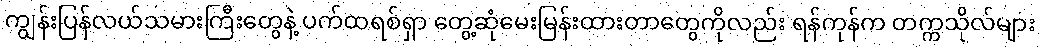
ကျွန်းပြန်လယ်သမားကြီးတွေနဲ့ ပက်ထရစ်ရှာ တွေ့ဆုံမေးမြန်းထားတာတွေကိုလည်း ရန်ကုန်က တက္ကသိုလ်များ